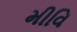
મીવિ